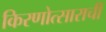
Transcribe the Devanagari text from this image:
किरणोत्साराची